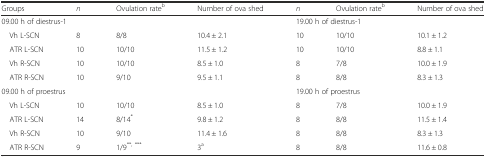
| Groups | n | Ovulation rateb | Number of ova shed | n | Ovulation rateb | Number of ova shed |
 | --- | --- | --- | --- | --- | --- | --- |
 | <COLSPAN=4> 09.00 h of diestrus-1 | <COLSPAN=3> 19.00 h of diestrus-1 |
 | Vh L-SCN | 8 | 8/8 | 10.4 ± 2.1 | 10 | 10/10 | 10.1 ± 1.2 |
 | ATR L-SCN | 10 | 10/10 | 11.5 ± 1.2 | 10 | 10/10 | 8.8 ± 1.1 |
 | Vh R-SCN | 10 | 10/10 | 8.5 ± 1.0 | 8 | 7/8 | 10.0 ± 1.9 |
 | ATR R-SCN | 10 | 9/10 | 9.5 ± 1.1 | 8 | 8/8 | 8.3 ± 1.3 |
 | <COLSPAN=4> 09.00 h of proestrus | <COLSPAN=3> 19.00 h of proestrus |
 | Vh L-SCN | 10 | 10/10 | 8.5 ± 1.0 | 8 | 7/8 | 10.0 ± 1.9 |
 | ATR L-SCN | 14 | 8/14* | 9.8 ± 1.2 | 8 | 8/8 | 11.5 ± 1.4 |
 | Vh R-SCN | 10 | 9/10 | 11.4 ± 1.6 | 8 | 8/8 | 8.3 ± 1.3 |
 | ATR R-SCN | 9 | 1/9**, *** | 3a | 8 | 8/8 | 11.6 ± 0.8 |